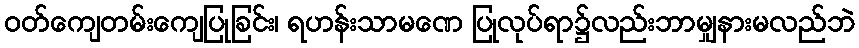
ဝတ်ကျေတမ်းကျေပြုခြင်း၊ ရဟန်းသာမဏေ ပြုလုပ်ရာ၌လည်းဘာမျှနားမလည်ဘဲ